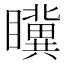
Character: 𭿮